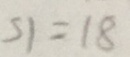
S 1 = 1 8